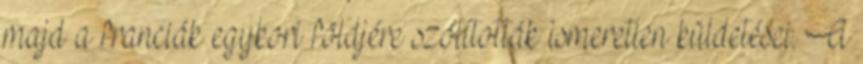
majd a franciák egykori földjére szólították ismeretlen küldetései. A